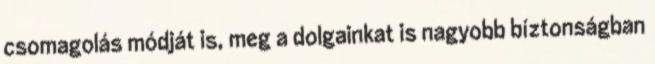
csomagolás módját is, meg a dolgainkat is nagyobb bíztonságban